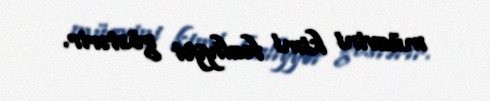
müavini kimi fəaliyyət göstərir.